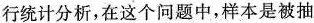
行统计分析，在这个问题中，样本是被抽